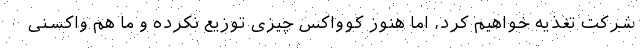
شرکت تغذیه خواهیم کرد، اما هنوز کوواکس چیزی توزیع نکرده و ما هم واکسنی